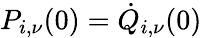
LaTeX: P_{i,\nu}(0)=\dot{Q}_{i,\nu}(0)